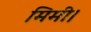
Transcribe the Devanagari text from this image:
मिमी।